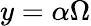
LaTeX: y=\alpha\Omega